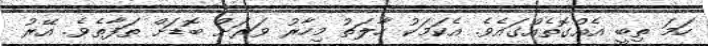
ހަމަ ތިބީ އެއްގޮތެއްގައެވެ. އެކަމަކު ހާލަތު މިހާރު ވަރަށް ބޮޑަށް ތަފާތެވެ. އޭރު